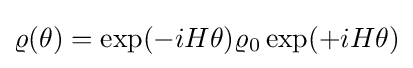
\varrho (\theta )=\exp(-iH\theta )\varrho _{0}\exp(+iH\theta )